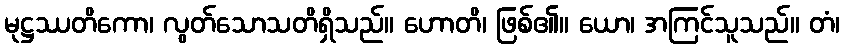
မုဋ္ဌဿတိကော၊ လွတ်သောသတိရှိသည်။ ဟောတိ၊ ဖြစ်၏။ ယော၊ အကြင်သူသည်။ တံ၊